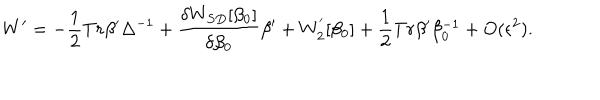
W ^ { \prime } = - \frac { 1 } { 2 } T r \beta ^ { \prime } \Delta ^ { - 1 } + \frac { \delta W _ { S D } [ \beta _ { 0 } ] } { \delta \beta _ { 0 } } \beta { ' } + W _ { 2 } ^ { ' } [ \beta _ { 0 } ] + \frac { 1 } { 2 } T r \beta ^ { \prime } \beta _ { 0 } ^ { - 1 } + O ( \epsilon ^ { 2 } ) .